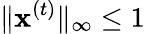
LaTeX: \| \mathbf{x}^{(t)}\| _{\infty}\leq 1